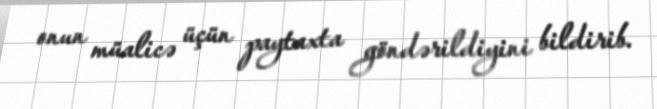
onun müalicə üçün paytaxta göndərildiyini bildirib.